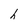
Character: h